Lunatic asylums in Bengal annual reports 1912-1924 - 1912-1924
Year: 1912
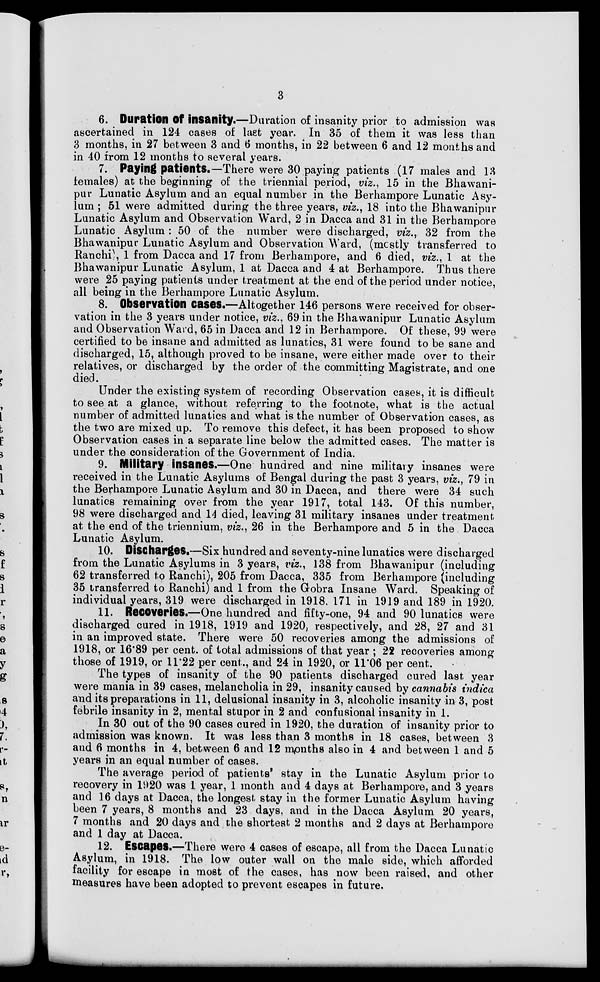
3
6. Duration of insanity.—Duration of insanity prior to admission was
ascertained in 124 cases of last year. In 35 of them it was less than
3 months, in 27 between 3 and 6 months, in 22 between 6 and 12 months and
in 40 from 12 months to several years.
7. Paying patients.—There were 30 paying patients (17 males and 13
females) at the beginning of the triennial period, viz., 15 in the Bhawani-
pur Lunatic Asylum and an equal number in the Berhampore Lunatic Asy-
lum ; 51 were admitted during the three years, viz., 18 into the Bhawanipur
Lunatic Asylum and Observation Ward, 2 in Dacca and 31 in the Berhampore
Lunatic Asylum : 50 of the number were discharged, viz., 32 from the
Bhawanipur Lunatic Asylum and Observation Ward, (mostly transferred to
Ranchi), 1 from Dacca and 17 from Berhampore, and 6 died, viz., 1 at the
Bhawanipur Lunatic Asylum, 1 at Dacca and 4 at Berhampore. Thus there
were 25 paying patients under treatment at the end of the period under notice,
all being in the Berhampore Lunatic Asylum.
8. Observation cases.—Altogether 146 persons were received for obser-
vation in the 3 years under notice, viz., 69 in the Bhawanipur Lunatic Asylum
and Observation Ward, 65 in Dacca and 12 in Berhampore. Of these, 99 were
certified to be insane and admitted as lunatics, 31 were found to be sane and
discharged, 15, although proved to be insane, were either made over to their
relatives, or discharged by the order of the committing Magistrate, and one
died.
Under the existing system of recording Observation cases, it is difficult
to see at a glance, without referring to the footnote, what is the actual
number of admitted lunatics and what is the number of Observation cases, as
the two are mixed up. To remove this defect, it has been proposed to show
Observation cases in a separate line below the admitted cases. The matter is
under the consideration of the Government of India.
9. Military insanes.—One hundred and nine military insanes were
received in the Lunatic Asylums of Bengal during the past 3 years, viz., 79 in
the Berhampore Lunatic Asylum and 30 in Dacca, and there were 34 such
lunatics remaining over from the year 1917, total 143. Of this number,
98 were discharged and 14 died, leaving 31 military insanes under treatment
at the end of the triennium, viz., 26 in the Berhampore and 5 in the Dacca
Lunatic Asylum.
10. Discharges.—Six hundred and seventy-nine lunatics were discharged
from the Lunatic Asylums in 3 years, viz., 138 from Bhawanipur (including
62 transferred to Ranchi), 205 from Dacca, 335 from Berhampore (including
35 transferred to Ranchi) and 1 from the Gobra Insane Ward. Speaking of
individual years, 319 were discharged in 1918. 171 in 1919 and 189 in 1920.
11. Recoveries.—One hundred and fifty-one, 94 and 90 lunatics were
discharged cured in 1918, 1919 and 1920, respectively, and 28, 27 and 31
in an improved state. There were 50 recoveries among the admissions of
1918, or 16.89 per cent. of total admissions of that year ; 22 recoveries among
those of 1919, or 11.22 per cent., and 24 in 1920, or 11.06 per cent.
The types of insanity of the 90 patients discharged cured last year
were mania in 39 cases, melancholia in 29, insanity caused by cannabis indica
and its preparations in 11, delusional insanity in 3, alcoholic insanity in 3, post
febrile insanity in 2, mental stupor in 2 and confusional insanity in 1.
In 30 out of the 90 cases cured in 1920, the duration of insanity prior to
admission was known. It was less than 3 months in 18 cases, between 3
and 6 months in 4, between 6 and 12 months also in 4 and between 1 and 5
years in an equal number of cases.
The average period of patients' stay in the Lunatic Asylum prior to
recovery in 1920 was 1 year, 1 month and 4 days at Berhampore, and 3 years
and 16 days at Dacca, the longest stay in the former Lunatic Asylum having
been 7 years, 8 months and 23 days, and in the Dacca Asylum 20 years,
7 months and 20 days and the shortest 2 months and 2 days at Berhampore
and 1 day at Dacca.
12. Escapes.—There were 4 cases of escape, all from the Dacca Lunatic
Asylum, in 1918. The low outer wall on the male side, which afforded
facility for escape in most of the cases, has now been raised, and other
measures have been adopted to prevent escapes in future.